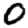
Digit: 0